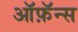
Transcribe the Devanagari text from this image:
ऑफ़ॅन्स